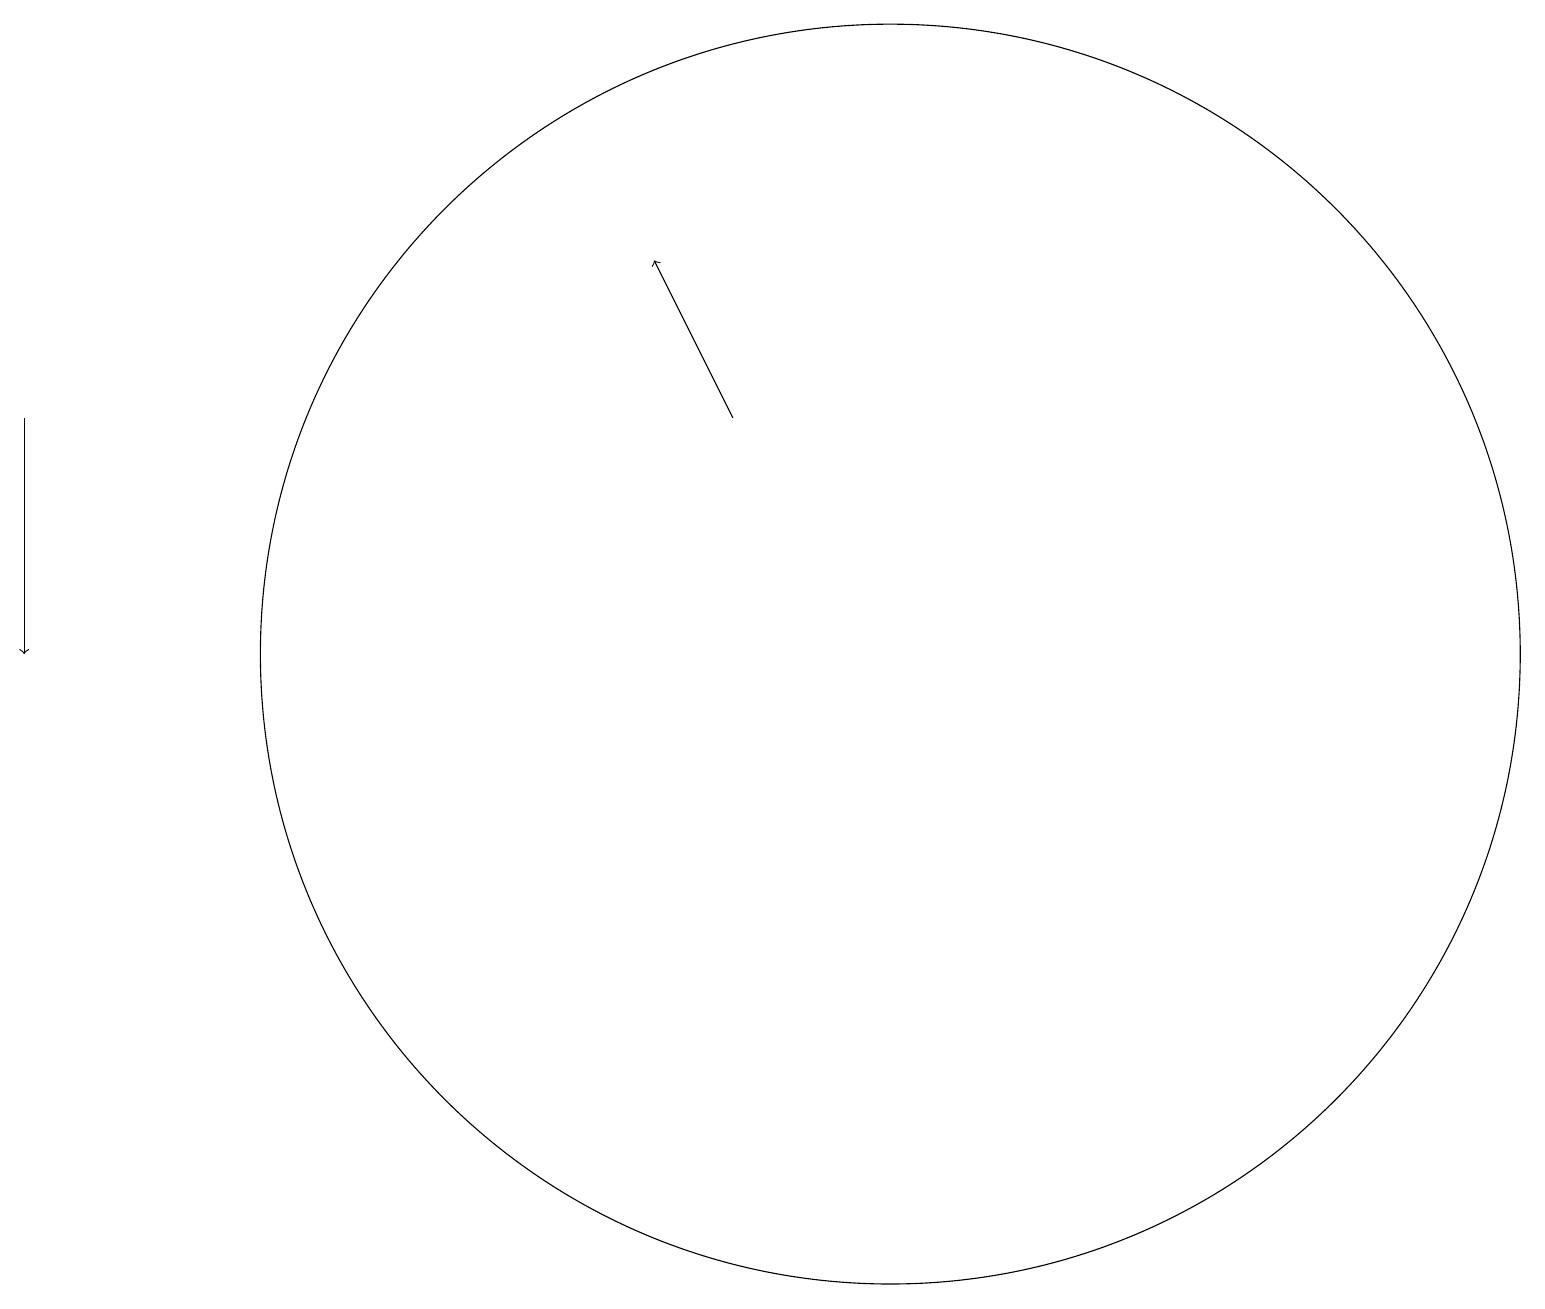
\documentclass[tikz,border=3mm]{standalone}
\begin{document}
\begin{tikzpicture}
\draw (11,11) circle (8);
\draw[->] (0,14) -- (0,11);
\draw[->] (9,14) -- (8,16);
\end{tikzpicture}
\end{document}